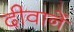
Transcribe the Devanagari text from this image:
दीवानें